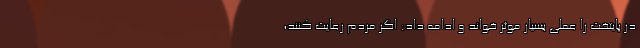
در پایتخت را عملی بسیار موثر خواند و ادامه داد: اگر مردم رعایت کنند،